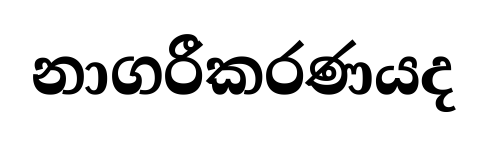
නාගරීකරණයද